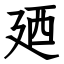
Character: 廼